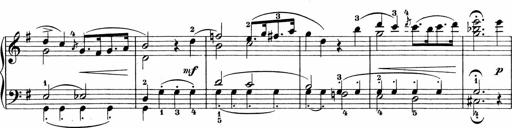
Title: Sonatinen Op.47, 98 und 136, nebst 6 Liedersonatinen
Composer: Carl Reinecke